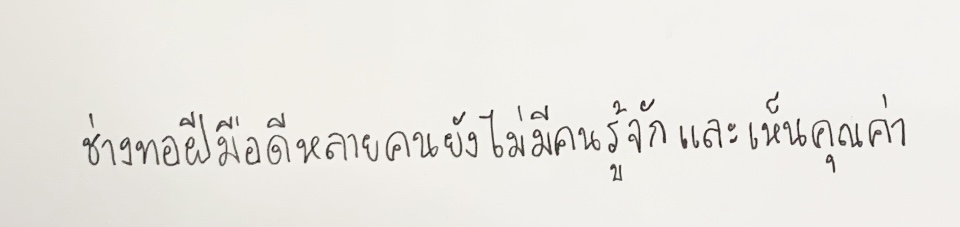
ช่างทอฝีมือดีหลายคนยังไม่มีคนรู้จักและเห็นคุณค่า